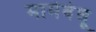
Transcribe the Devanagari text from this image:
मामेबंधू